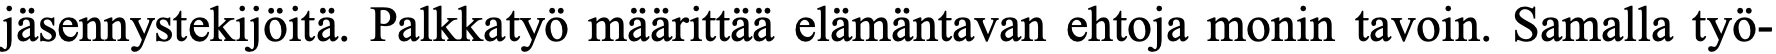
jäsennystekijöitä. Palkkatyö määrittää elämäntavan ehtoja monin tavoin. Samalla työ-